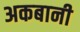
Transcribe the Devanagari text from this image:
अकबानी